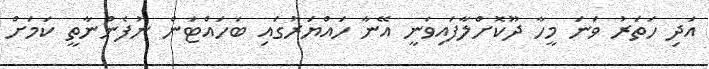
އަދި ހަތަރު ވަނަ މީހާ ދޫކޮށްލާފައިވަނީ އޭނާ ހައްޔަރުގައި ބަހައްޓަން ނުފެންނާތީ ކަމަށް